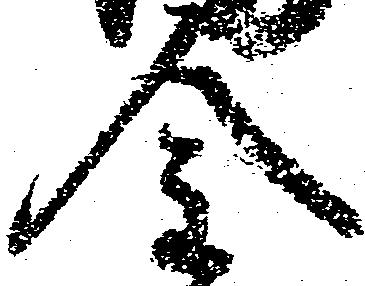
金